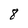
Character: 8